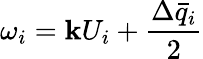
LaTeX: \omega_{i}=\mathbf{k}U_{i}+\frac{{\Delta\bar{{q}}_{i}}}{{2}}